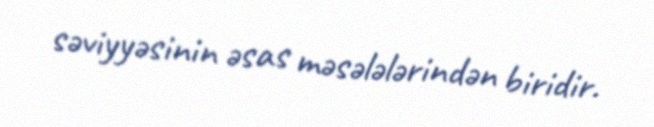
səviyyəsinin əsas məsələlərindən biridir.